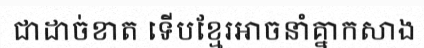
ជាដាច់ខាត ទើបខ្មែរអាចនាំគ្នាកសាង